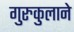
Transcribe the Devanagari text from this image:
गुरुकुलाने